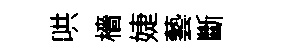
哄檣婕藝斷